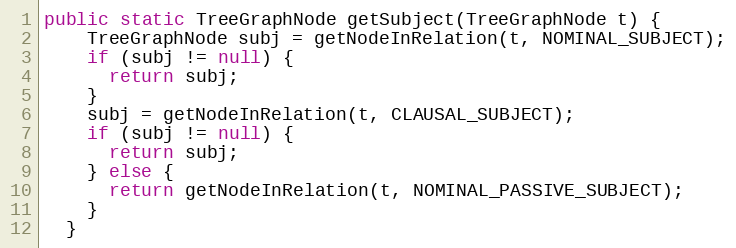
Language: Java
public static TreeGraphNode getSubject(TreeGraphNode t) {
    TreeGraphNode subj = getNodeInRelation(t, NOMINAL_SUBJECT);
    if (subj != null) {
      return subj;
    }
    subj = getNodeInRelation(t, CLAUSAL_SUBJECT);
    if (subj != null) {
      return subj;
    } else {
      return getNodeInRelation(t, NOMINAL_PASSIVE_SUBJECT);
    }
  }